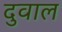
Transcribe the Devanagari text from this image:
दुवाल